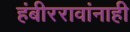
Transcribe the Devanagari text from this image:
हंबीररावांनाही